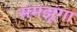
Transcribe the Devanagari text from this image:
समझूंगा